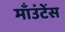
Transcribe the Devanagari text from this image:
माँउंटेंस